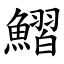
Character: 鰼